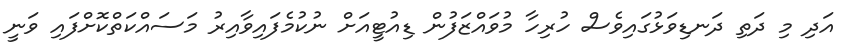
އަދި މި ދަތި ދަނޑިވަޅުގައިވެސް ހުރިހާ މުވައްޒަފުން ޑިއުޓީއަށް ނުކުމެފައިވާއިރު މަސައްކަތްކޮށްފައި ވަނީ